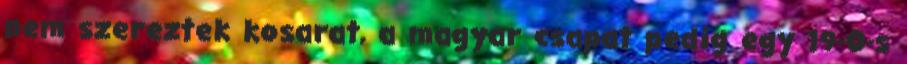
nem szereztek kosarat, a magyar csapat pedig egy 19-0-s